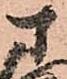
さ